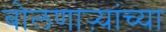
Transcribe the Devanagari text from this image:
बोलणाऱ्यांच्या